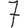
Digit: 7